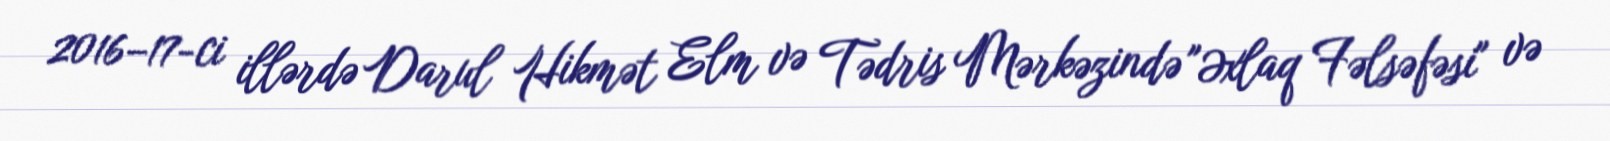
2016–17-ci illərdə Darul Hikmət Elm və Tədris Mərkəzində "Əxlaq Fəlsəfəsi" və